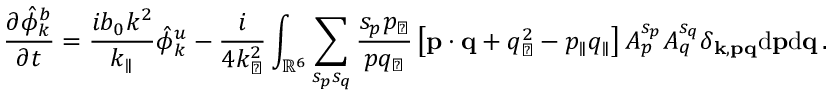
{ \frac { \partial \hat { \phi } _ { k } ^ { b } } { \partial t } } = \frac { i b _ { 0 } k ^ { 2 } } { k _ { \parallel } } \hat { \phi } _ { k } ^ { u } - \frac { i } { 4 k _ { \perp } ^ { 2 } } \int _ { \mathbb { R } ^ { 6 } } \sum _ { s _ { p } s _ { q } } \frac { s _ { p } p _ { \perp } } { p q _ { \perp } } \left[ { \bf p } \cdot { \bf q } + q _ { \perp } ^ { 2 } - p _ { \parallel } q _ { \parallel } \right] A _ { p } ^ { s _ { p } } A _ { q } ^ { s _ { q } } \delta _ { { \bf k } , { \bf p } { \bf q } } \mathrm { d } { \bf p } \mathrm { d } { \bf q } \, .